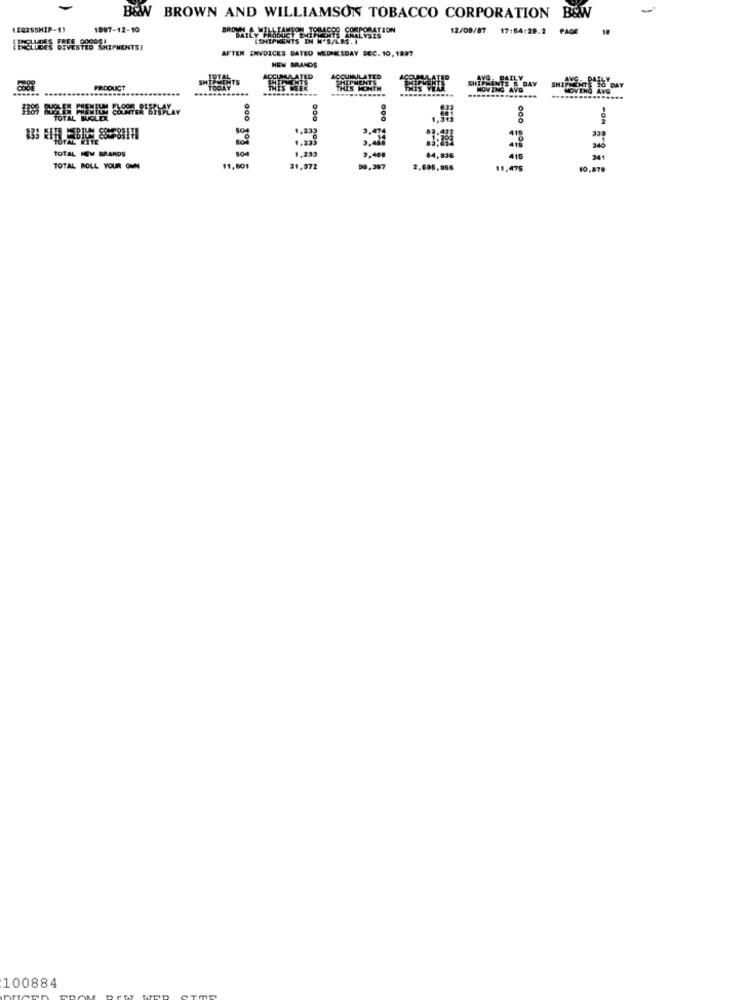
B&W BROWN AND WILLIAMSON TOBACCO CORPORATION
B&W
(EQZSSHIP-11
1997-12-10
BROWN, MILLEANTON TODACOS CORPORATION
12/08/87
17:64:29.2
[SHIPMENTS IN W'S/LBS. I
LES DIVESTED SHIPMENTS,
AFTER INVOICES DATED WEDNESDAY DEC. 10, 1897
NEW BRANDS
CUMULATED
IPMENT
PRODUCT
THIS
THIS MONTH
MOVING AVG
N& Avo
......
PON
1,232
339
504
1,283
340
TOTAL NEW BRANDS
84,836
41
241
TOTAL ROLL YOUR OWN
11,501
31,972
90,387
2.696,856
10.878
100884